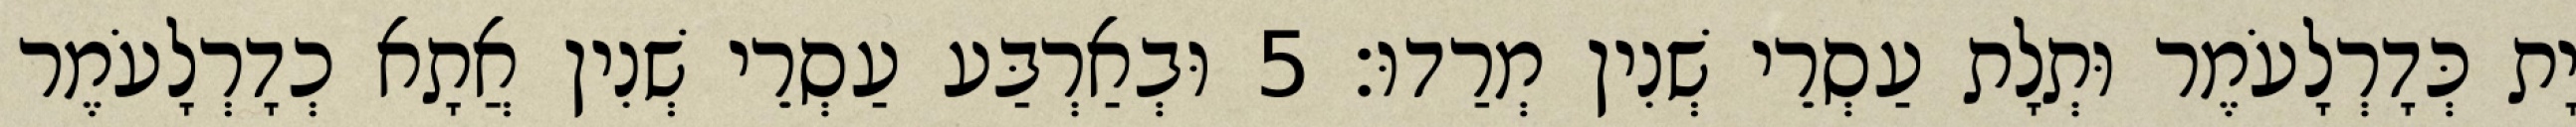
יָת כְּדָרְלָעֹמֶר וּתְלָת עַסְרֵי שְׁנִין מְרַדוּ׃ 5 וּבְאַרְבַּע עַסְרֵי שְׁנִין אֲתָא כְדָרְלָעֹמֶר